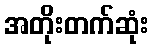
အတိုးတက်ဆုံး